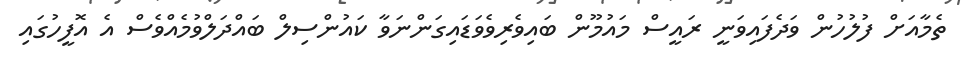
ތެމާއަށް ފުލުހުން ވަދެފައިވަނީ ރައީސް މައުމޫން ބައިވެރިވެވަޑައިގަންނަވާ ކައުންސިލް ބައްދަލްވުމެއްވެސް އެ އޮފީހުގައި